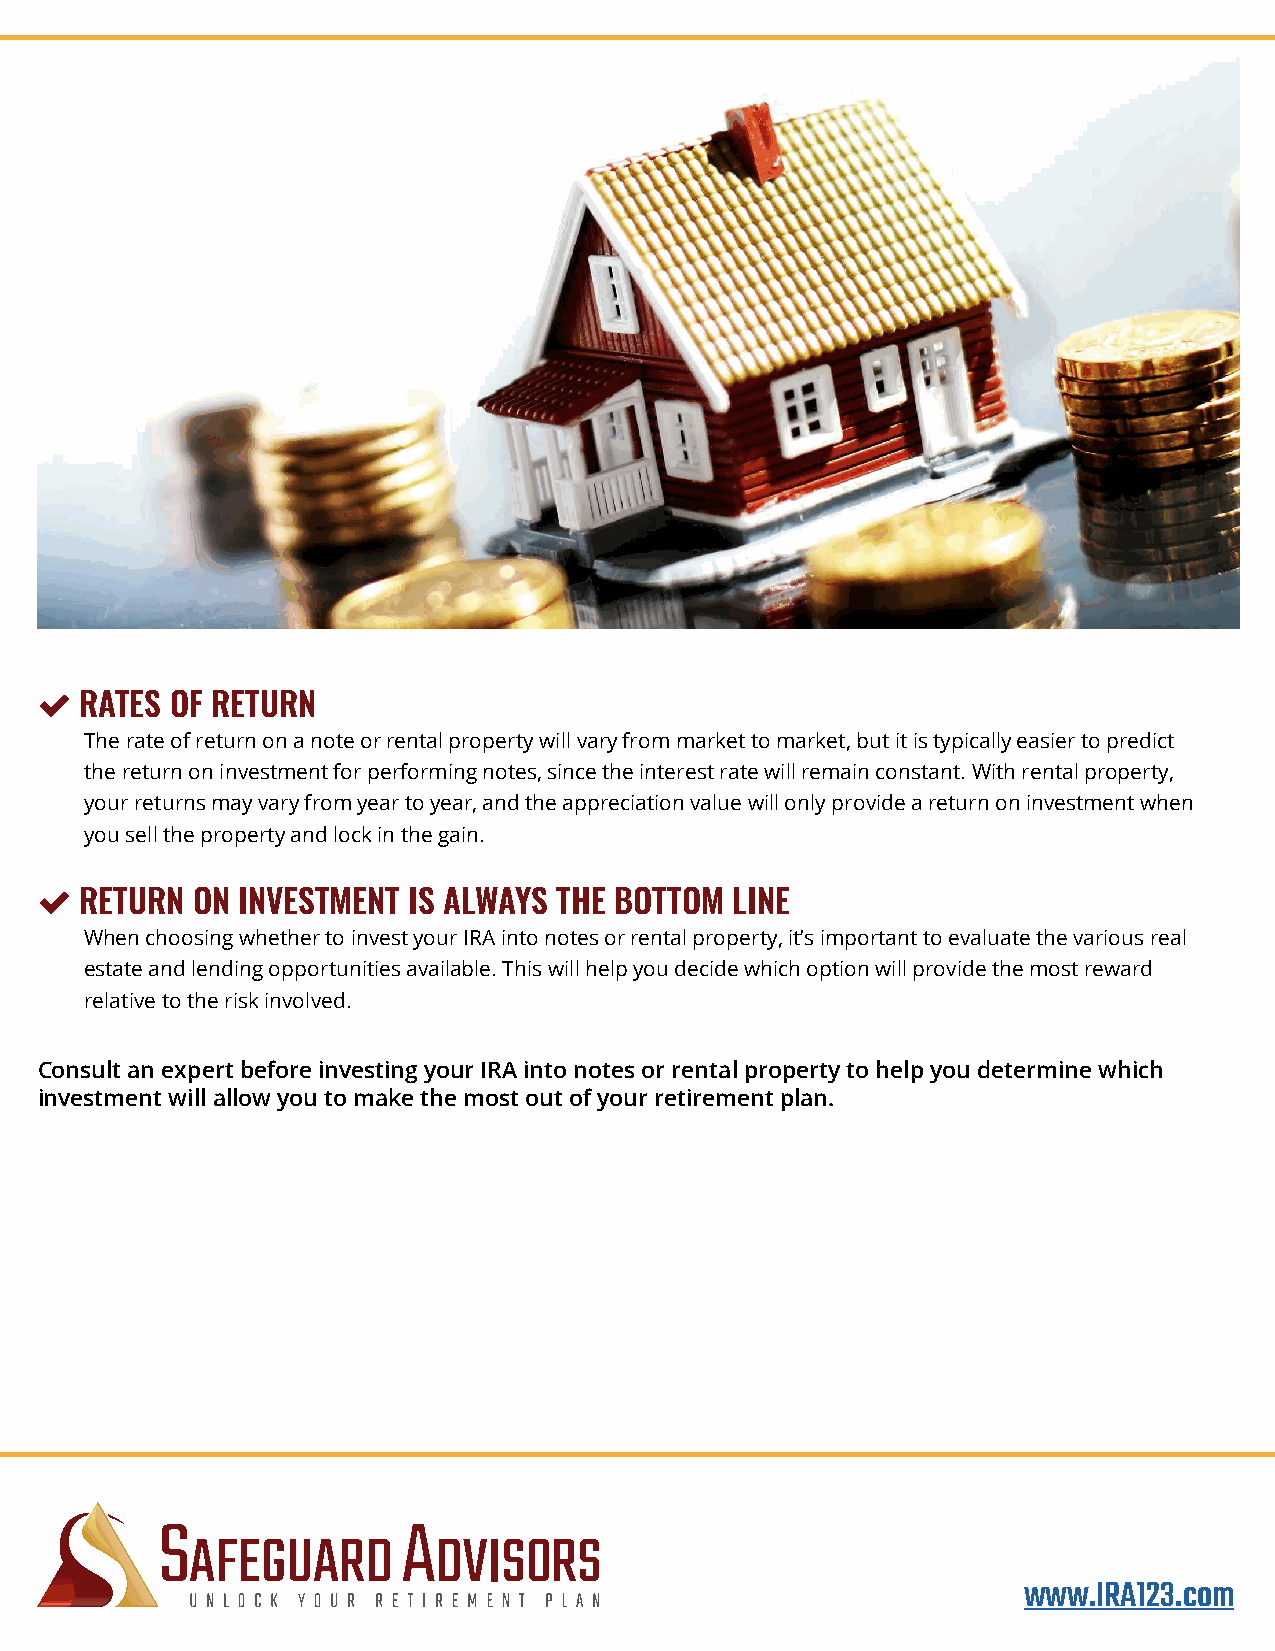

 RATES OF RETURN
 The rate of return on a note or rental property will vary from market to market, but it is typically easier to predict
 the return on investment for performing notes, since the interest rate will remain constant. With rental property,
 your returns may vary from year to year, and the appreciation value will only provide a return on investment when
 you sell the property and lock in the gain.
 
 RETURN  ON INVESTMENT IS ALWAYS THE BOTTOM LINE
 When choosing whether to invest your IRA into notes or rental property, it’s important to evaluate the various real
 estate and lending opportunities available. This will help you decide which option will provide the most reward
 relative to the risk involved.
 Consult an expert before investing your IRA into notes or rental property to help you determine which
 investment will allow you to make the most out of your retirement plan.
 www.IRA123.com